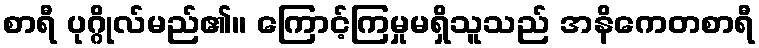
စာရီ ပုဂ္ဂိုလ်မည်၏။ ကြောင့်ကြမှုမရှိသူသည် အနိကေတစာရီ